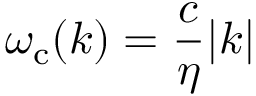
\omega _ { \mathrm { c } } ( { \boldsymbol { k } } ) = \frac { c } { \eta } | \boldsymbol { k } |